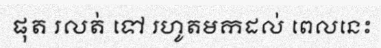
ផុត រលត់ ទៅ រហូតមកដល់ ពេលនេះ